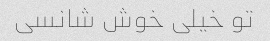
تو خیلی خوش شانسی